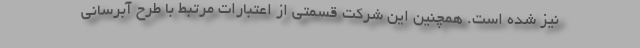
نیز شده است. همچنین این شرکت قسمتی از اعتبارات مرتبط با طرح آبرسانی